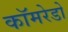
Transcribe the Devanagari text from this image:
कॉमरेडो